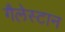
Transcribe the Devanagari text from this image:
गैलेस्टान